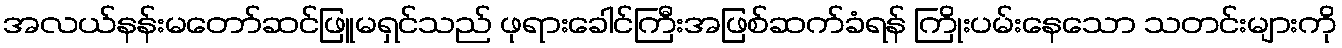
အလယ်နန်းမတော်ဆင်ဖြူမရှင်သည် ဖုရားခေါင်ကြီးအဖြစ်ဆက်ခံရန် ကြိုးပမ်းနေသော သတင်းများကို